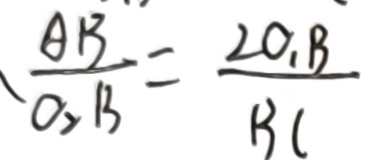
\frac { A B } { O _ { 2 } B } = \frac { 2 O _ { 1 } B } { B C }